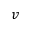
v